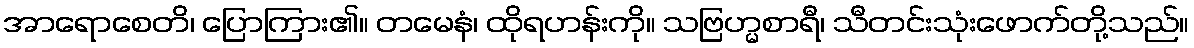
အာရောစေတိ၊ ပြောကြား၏။ တမေနံ၊ ထိုရဟန်းကို။ သဗြဟ္မစာရီ၊ သီတင်းသုံးဖောက်တို့သည်။